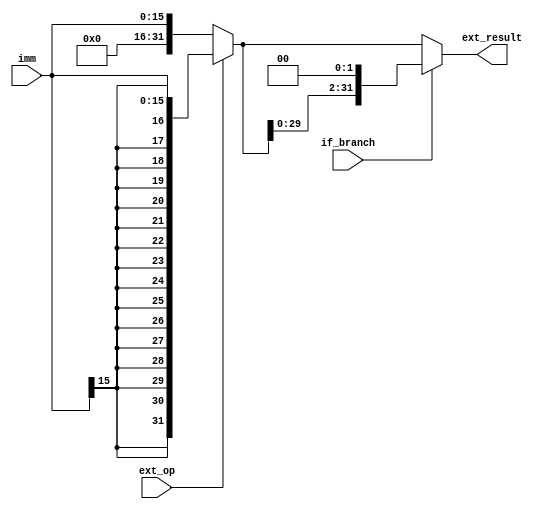
module ext(imm, ext_result, ext_op, if_branch);    // 
  input [15: 0] imm;       //16
  output reg [31: 0] ext_result;      // 32
  input ext_op;    // 
  input if_branch; // beq

  always @(*) begin
    if(ext_op == 1)
        ext_result = {{16{imm[15]}}, imm[15: 0]};

    else 
        ext_result = {{16{1'b0}}, imm[15: 0]};

    if(if_branch == 1)begin   // branch
        ext_result = ext_result << 2;
    end
    
    // $display("(ext.v) imm: %h, ext_result: %h", imm, ext_result);
  end
endmodule